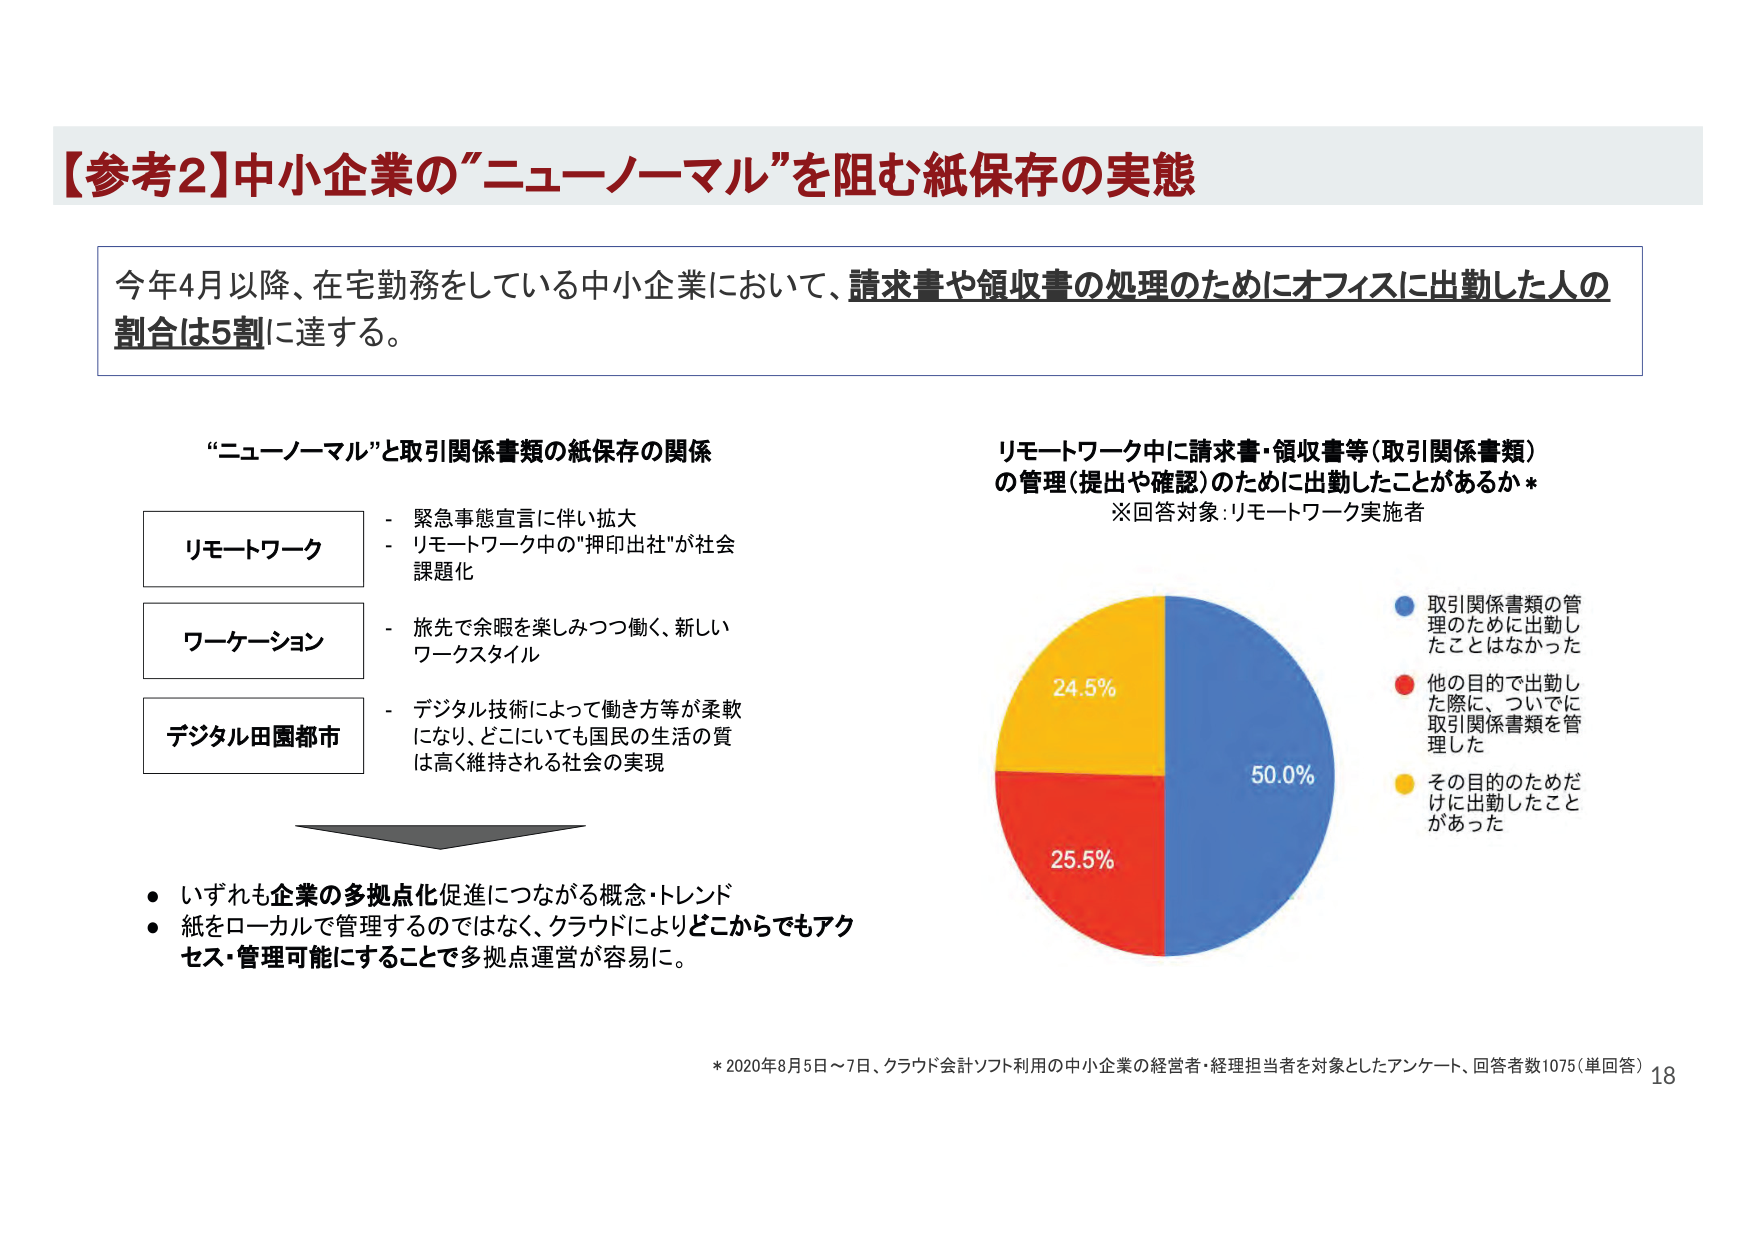
【参考2】中小企業の”ニューノーマル”を阻む紙保存の実態

今年4月以降、在宅勤務をしている中小企業において、請求書や領収書の処理のためにオフィスに出勤した人の割合は5割に達する。

“ニューノーマル”と取引関係書類の紙保存の関係

リモートワーク
- 緊急事態宣言に伴い拡大
- リモートワーク中の"押印出社"が社会課題化

ワーケーション
- 旅先で余暇を楽しみつつ働く、新しいワークスタイル

デジタル田園都市
- デジタル技術によって働き方等が柔軟になり、どこにいても国民の生活の質は高く維持される社会の実現

・いずれも企業の多拠点化促進につながる概念・トレンド
・紙をローカルで管理するのではなく、クラウドによりどこからでもアクセス・管理可能にすることで多拠点運営が容易に。

リモートワーク中に請求書・領収書等（取引関係書類）の管理（提出や確認）のために出勤したことがあるか*
※回答対象：リモートワーク実施者

取引関係書類の管理のために出勤したことはなかった
他の目的で出勤した際に、ついでに取引関係書類を管理した
その目的のためだけに出勤したことがあった

50.0%
25.5%
24.5%

* 2020年8月5日～7日、クラウド会計ソフト利用の中小企業の経営者・経理担当者を対象としたアンケート、回答者数1075（単回答） 18